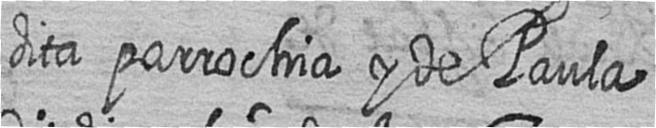
dita parrochia y de Paula